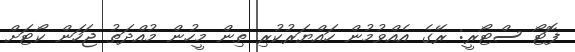
ފޮޓޯ ސްޓޯރީ: ރޭގެ އެއްވުމުން ހައްޔަރުކުރި ތިން މީހުން މުއްދަތު ޖަހަން ކޯޓަށް